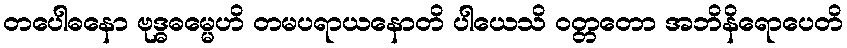
တပေါဓနော ဗုဒ္ဓဓမ္မေဟိ တမပရာယနောတိ ပါယေသိ ဝတ္တတော အဘိနိရောပေတိ